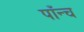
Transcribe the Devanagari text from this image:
पाँन्च